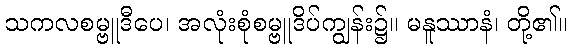
သကလစမ္ဗူဒီပေ၊ အလုံးစုံစမ္ဗူဒိပ်ကျွန်း၌။ မနူဿာနံ၊ တို့၏။